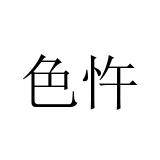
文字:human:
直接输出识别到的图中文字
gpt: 色忤